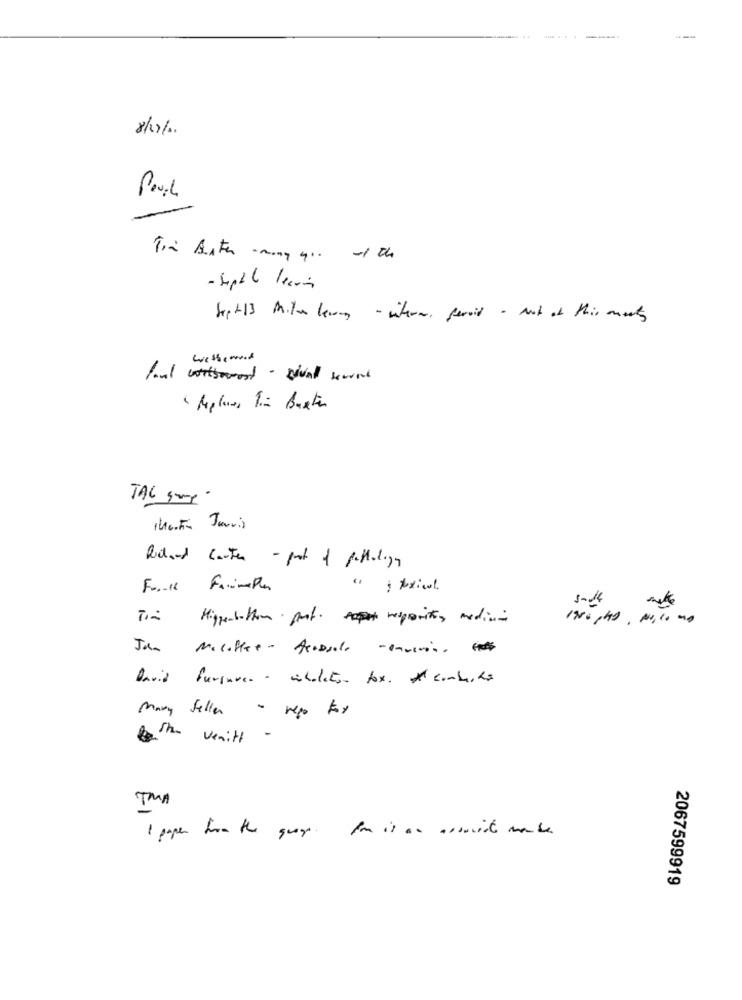
8/7/2.
-1 th
Sept13 Mila lang - when, peroid - Not of this ments
wresterend
foul withmost · Dival swadd
" Miplaces Tim Burton
TAC 5mg·
TheFa Jannis
Richard Couter - pot of pathology
Tim Higginbotham prof. responite, medicin
1980 ,49, 10,10 mg
Jan
MICHler- ADalo -------
David furgurca - abalaton fox. A combustão
Many Seller - nego fox
Both vewith
-
TMA
1 paper from the guays . Ion is an associate mente.
2067599919